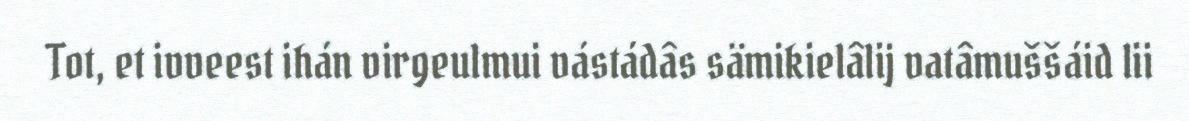
Tot, et ivveest ihán virgeulmui vástádâs sämikielâlij vatâmuššáid lii